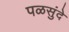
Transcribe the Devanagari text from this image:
पळसुंदे